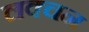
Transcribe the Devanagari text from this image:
लक्चन